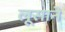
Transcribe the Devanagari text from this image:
लूसाने